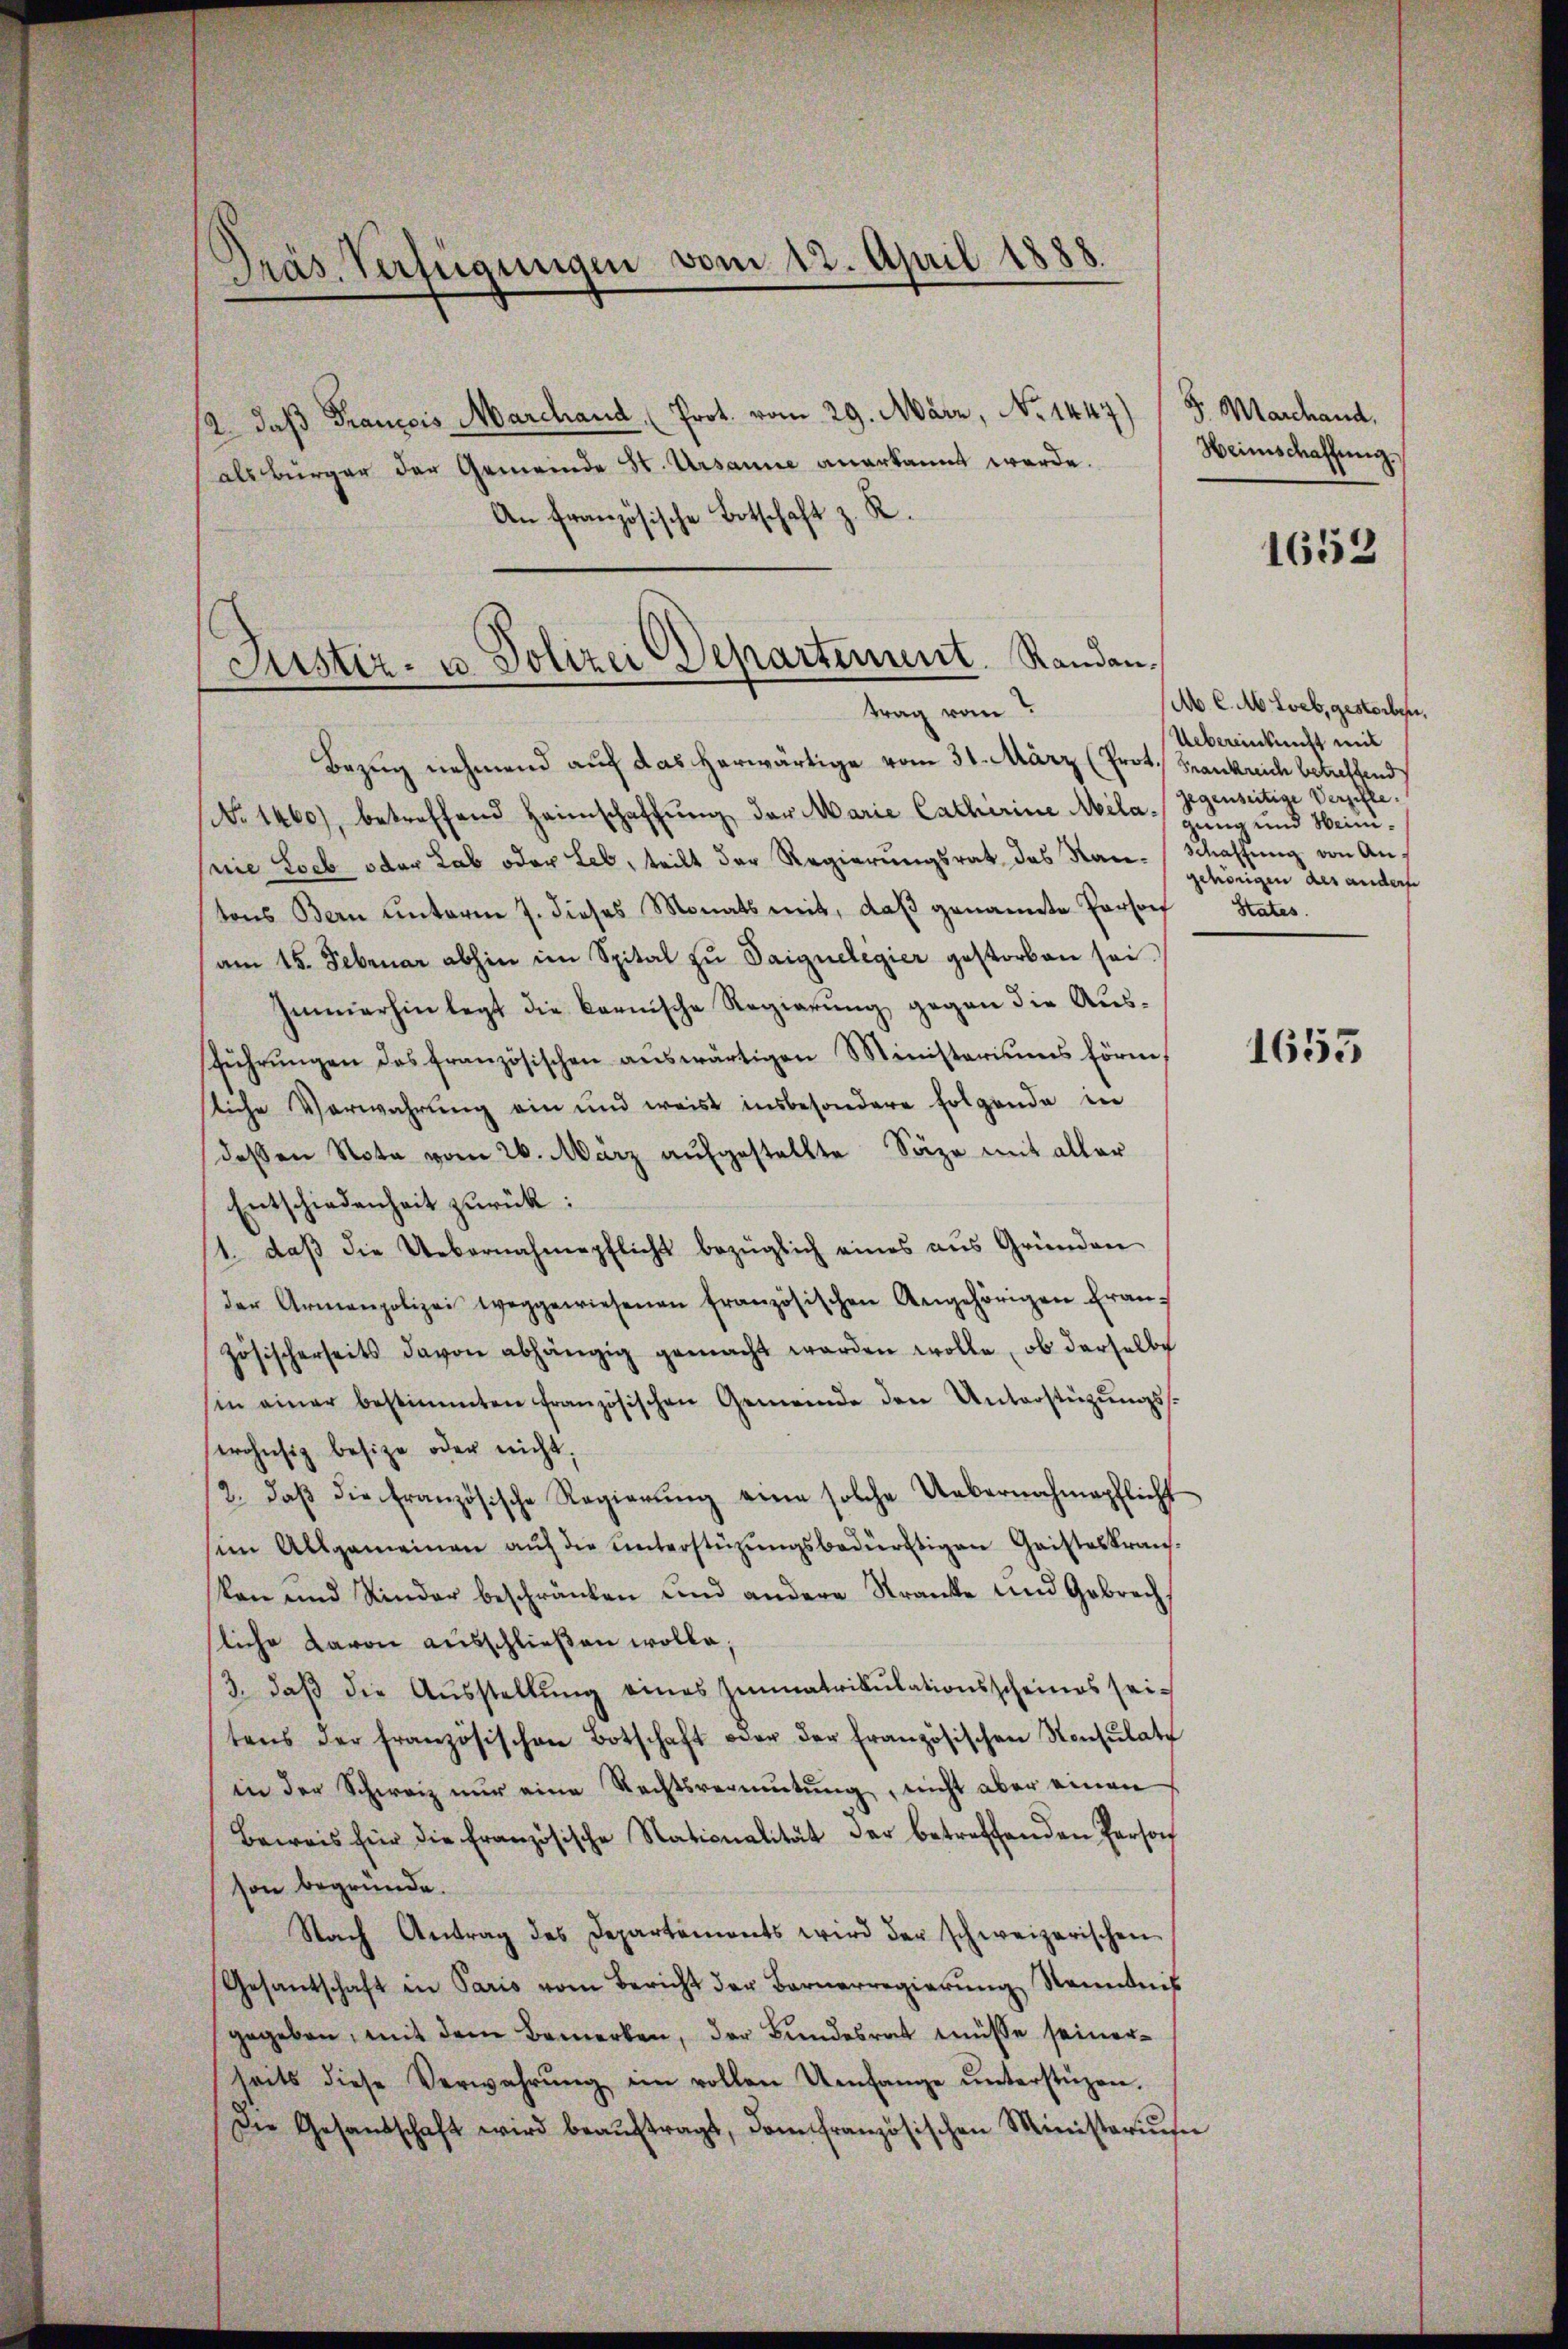
Präs. Verfügungen vom 12. April 1888.

/2, daß Francois Marchand (Prot. vom 29. März, No 1447) (S. Marchand,
als Bürger der Gemeinde St. Ursanne anerkannt werde.
An französische Botschaft z. R.
Bezug nehmend auf das herwärtige vom 31. März (Prot. Frankreich betreffend
No 1460), betreffend Heimschaffung der Marie Catharine Mila- 85 und Seinisie Loeb oder Lab oder Leb, teilt der Regierungsrat des Kan-Schaffung von Antons Bern unterm 7. dieses Monats mit, daβ genannte Person
am 15. Februar abhin im Spital zŭ Saignelegier gestorben sei.
Immerhin legt die karnische Regierung gegen die Ausführŭngen des französischen aŭswärtigen Ministeriums förm
sliche Verwahrung ein und weist insbesondere folgende in
dessen Nota vom 26. März aufgestellte Säge mit aller
Entschiedenheit zurück:
1. daβ die Uebernahmepflicht bezüglich eines aŭs Gründen
der Armenpolizei weggewiesenen französischen Angehörigen Französischerseits davon abhängig gemacht werden wolle, ob derselbe
in einer bestimmten französischen Gemeinde den Unterstützŭngs-
erohnsiz besitze oder nicht.
2. daβ die französische Regierŭng eine solche Uebernahmepflicht
im Allgemeinen aŭf die unterstüzŭngsbedürftigen Gaisteskran-
kan und Kinder beschränken und andere Kranke und Gebrech
sliche davon ausschließen wolle;
3. daβ die Aŭsstellŭng eines Immatrikulationsscheines seitens der französischen Botschaft oder der französischen Konsulate
in der Schweiz nur eine Rechtsvermutung, nicht aber einen
Beweis für die französische Nationalität der betreffenden Person
son begründe.
Nach Antrag des Departements wird der schweizerischen
Gesantschaft in Paris vom Bericht der Barnerregierŭng Kenntnis
gegeben, mit dem Bemerken, der Bundesrat müsse seinerheits diese Verwahrŭng im vollen Umfange ŭnterstüzen.
Die Gesandschaft wird beaŭftragt, dem französischen Ministeriŭm

Puster- u. Polizei Departement. Randantrag von

Heimschaffung

1653

M. C. M. Loeb, gestorben.
Uebereinkunft mit
gegenseitige Verfehle.
gehörigen des anderse
States.

1655